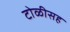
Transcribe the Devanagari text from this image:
टोळीसह